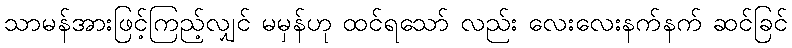
သာမန်အားဖြင့်ကြည့်လျှင် မမှန်ဟု ထင်ရသော် လည်း လေးလေးနက်နက် ဆင်ခြင်